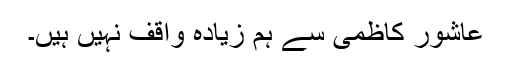
عاشور کاظمی سے ہم زیادہ واقف نہیں ہیں۔